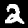
Digit: 2